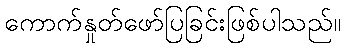
ကောက်နှုတ်ဖော်ပြခြင်းဖြစ်ပါသည်။